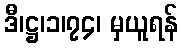
ဒီ၊ဋ္ဌ၊၁၊၇၄၊ မှယူရန်